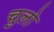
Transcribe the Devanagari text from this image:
चुलो